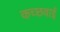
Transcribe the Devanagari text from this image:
कच्छवाई